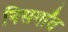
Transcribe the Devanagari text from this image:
निसर्गांत